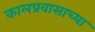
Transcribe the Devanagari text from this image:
कालप्रवासाच्या